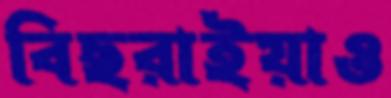
বিছরাইয়াও